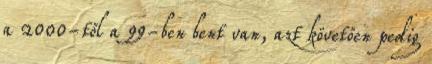
a 2000-től a 99-ben bent van, azt követően pedig